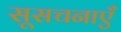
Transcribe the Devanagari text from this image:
सूसचनाएँ